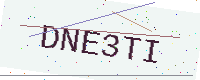
Text: DNE3TI